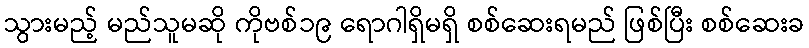
သွားမည့် မည်သူမဆို ကိုဗစ်၁၉ ရောဂါရှိမရှိ စစ်ဆေးရမည် ဖြစ်ပြီး စစ်ဆေးခ